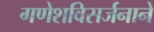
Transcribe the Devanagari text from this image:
गणेशविसर्जनाने